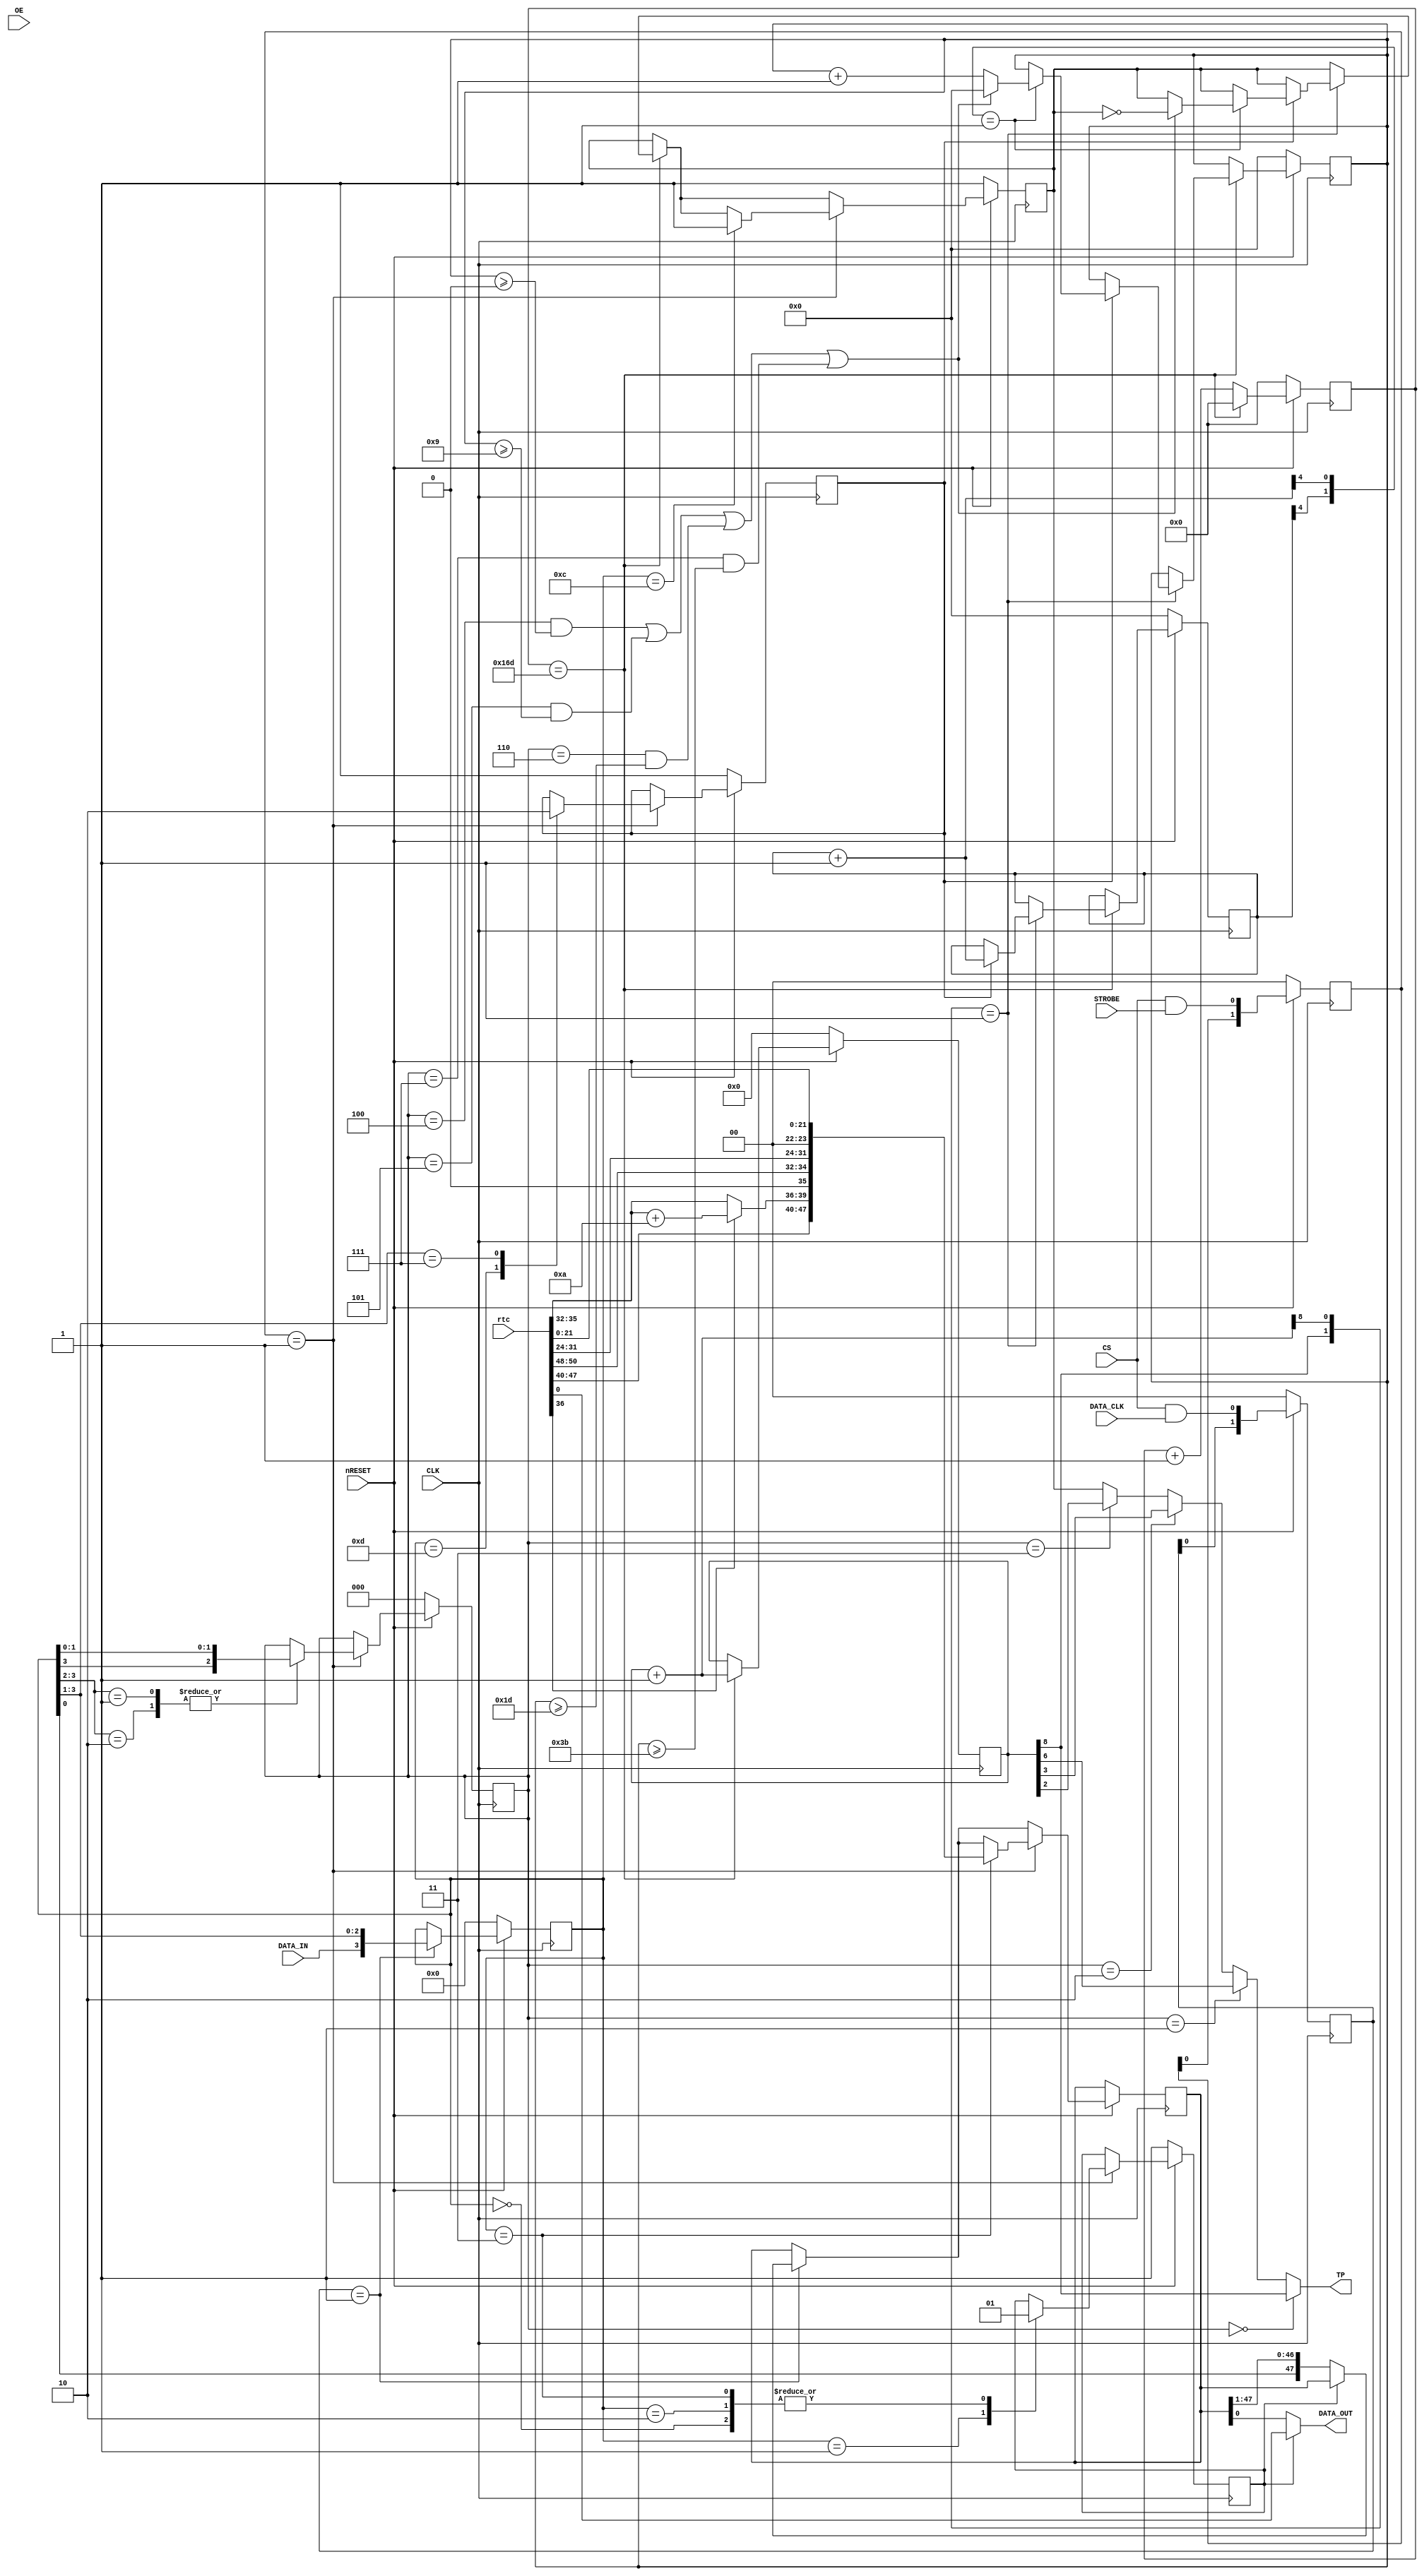
// NeoGeo logic definition
// MiSTer RTC to uPD4990
//
// Copyright (C) 2019 Sean Gonsalves
//
// This program is free software: you can redistribute it and/or modify
// it under the terms of the GNU General Public License as published by
// the Free Software Foundation, either version 3 of the License, or
// (at your option) any later version.
//
// This program is distributed in the hope that it will be useful,
// but WITHOUT ANY WARRANTY; without even the implied warranty of
// MERCHANTABILITY or FITNESS FOR A PARTICULAR PURPOSE.  See the
// GNU General Public License for more details.
//
// You should have received a copy of the GNU General Public License
// along with this program.  If not, see <https://www.gnu.org/licenses/>.

module uPD4990(
	input nRESET,
	input CLK,			// 12MHz please
	input [64:0] rtc,
	input CS, OE,		// Both always low
	input DATA_CLK,
	input DATA_IN,
	input STROBE,
	output TP,
	output DATA_OUT
);

	wire [47:0] TIME_DATA;
	wire [3:0] MONTH_HEX;
	reg [47:0] SHIFT_REG;
	reg [3:0] CMD_REG;
	reg OUT_HOLD;				// Prevents CLK from shifting the 48 lower bits of SHIFT_REG
	
	reg [2:0] TP_SEL;
	reg [5:0] TP_HSECONDS;	// Half seconds (incremented at 2Hz)
	reg TP_SEC_RUN;
	reg INTERVAL_FLAG;
	
	reg [8:0] DIV9;
	reg [14:0] DIV15;
	reg [5:0] DIV6;
	
	reg [1:0] DATA_CLK_G_SR;
	reg [1:0] STROBE_G_SR;
	
	
	// "rtc" format:
	// 64 63       55       47       39       31       23       15       7
	// x  01000000 00000WWW YYYYYYYY 000MMMMM 00DDDDDD 0PHHHHHH 0MMMMMMM 0SSSSSSS
	// Values are in BCD
	// P: 1=PM 0=AM
	// Weekday: 1 to 7
	// Month: 1 to 12

	// uPD4990 datasheet:
	// Data is represented in BCD notation. Only months are represented in hexadecimal notation.
	// Format:
	// CCCC YYYYYYYY MMMM WWWW DDDDDDDD HHHHHHHH MMMMMMMM SSSSSSSS
	
	// BCD to hex
	assign MONTH_HEX = rtc[36] ? rtc[35:32] + 4'd10 : rtc[35:32];
	
	assign TIME_DATA = {rtc[47:40], MONTH_HEX, 1'b0, rtc[50:48], rtc[31:24], 2'b00, rtc[21:0]};
	
	wire [14:0] DIV15_INC = DIV15 + 1'b1;	// Look-ahead for edge detection
	wire [5:0] DIV6_INC = DIV6 + 1'b1;		// Look-ahead for edge detection
	
	wire INTERVAL_TRIG = (((TP_SEL == 3'd4) & (TP_HSECONDS >= 6'd1-1)) |
								((TP_SEL == 3'd5) & (TP_HSECONDS >= 6'd10-1)) |
								((TP_SEL == 3'd6) & (TP_HSECONDS >= 6'd30-1)) |
								((TP_SEL == 3'd7) & (TP_HSECONDS >= 6'd60-1)));
	
	wire DATA_CLK_G = CS & DATA_CLK;
	wire STROBE_G = CS & STROBE;
	
	always @(posedge CLK)
	begin
		if (!nRESET)
		begin
			OUT_HOLD <= 1;
			TP_SEL <= 0;
			CMD_REG <= 0;
			TP_SEL <= 0;
			TP_HSECONDS <= 0;
			TP_SEC_RUN <= 1;
			INTERVAL_FLAG <= 1;
			DIV9 <= 9'd0;
			DIV15 <= 15'd0;
			DIV6 <= 6'd0;
			DATA_CLK_G_SR <= 0;
			STROBE_G_SR <= 0;
		end
		else
		begin
			if (DIV9 == 9'd366-1)	// 12000000/32768
			begin
				// 32768Hz from 12MHz
				DIV9 <= 9'd0;
				
				DIV15 <= DIV15_INC;
				
				if ({DIV15[8], DIV15_INC[8]} == 2'b01)
				begin
					// 64Hz from 32768Hz
					if (TP_SEC_RUN)
					begin
						DIV6 <= DIV6_INC;
						if ({DIV6[4], DIV6_INC[4]} == 2'b01)
						begin
							// 2Hz from 64Hz
							// INTERVAL_FLAG is toggled in the middle of the interval (50% duty cycle)
							// It can be forced back high with command b1100
							if (INTERVAL_TRIG)
							begin
								TP_HSECONDS <= 6'd0;
								INTERVAL_FLAG <= ~INTERVAL_FLAG;
							end
							else
								TP_HSECONDS <= TP_HSECONDS + 1'b1;
						end
					end
				end
			end
			else
				DIV9 <= DIV9 + 1'b1;
			
			
			DATA_CLK_G_SR <= {DATA_CLK_G_SR[0], DATA_CLK_G};
			STROBE_G_SR <= {STROBE_G_SR[0], STROBE_G};
			
			// Rising edge of DATA_CLK_G
			if (DATA_CLK_G_SR == 2'b01)
			begin
				if (!OUT_HOLD)
					SHIFT_REG <= {CMD_REG[0], SHIFT_REG[47:1]};
				
				// CMD_REG always shifts regardless of OUT_HOLD
				CMD_REG <= {DATA_IN, CMD_REG[3:1]};
			end
			
			// Rising edge of STROBE_G
			if (STROBE_G_SR == 2'b01)
			begin
				casez(CMD_REG)
					4'b0000: OUT_HOLD <= 1'b1;		// Hold
					4'b0001: OUT_HOLD <= 1'b0;		// Allow shift
					4'b0010: OUT_HOLD <= 1'b1;		// Setting time isn't supported
					4'b0011:								// Read time
					begin
						SHIFT_REG <= TIME_DATA;
						OUT_HOLD <= 1'b1;
					end
					4'b01zz, 4'b10zz: TP_SEL <= {CMD_REG[3], CMD_REG[1:0]};
					4'b1100: INTERVAL_FLAG <= 1'b1;	// Reset
					4'b1101: TP_SEC_RUN <= 1'b1;
					4'b111z: TP_SEC_RUN <= 1'b0;
				endcase
			end
		end
	end
	
	assign TP = (TP_SEL == 3'd0) ? DIV15[8] :
					(TP_SEL == 3'd1) ? DIV15[6] :
					(TP_SEL == 3'd2) ? DIV15[3] :
					(TP_SEL == 3'd3) ? DIV15[2] :
					INTERVAL_FLAG;
	
	assign DATA_OUT = OUT_HOLD ? rtc[0] : SHIFT_REG[0];
	
endmodule